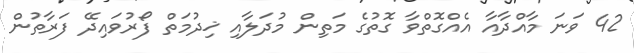
42 ވަނަ މާއްދާއާ އެއްގޮތްވާ ގޮތުގެ މަތިން މުދަލާއި ޚިދުމަތް ފޯރުވައިދޭ ފަރާތުން